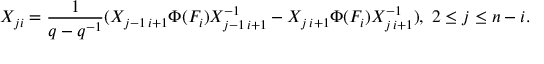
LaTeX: X _ { j i } = \frac { 1 } { q - q ^ { - 1 } } ( X _ { j - 1 \, i + 1 } \Phi ( F _ { i } ) X _ { j - 1 \, i + 1 } ^ { - 1 } - X _ { j \, i + 1 } \Phi ( F _ { i } ) X _ { j \, i + 1 } ^ { - 1 } ) , \; 2 \leq j \leq n - i .